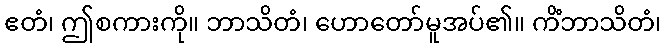
ဧတံ၊ ဤစကားကို။ ဘာသိတံ၊ ဟောတော်မူအပ်၏။ ကိံဘာသိတံ၊